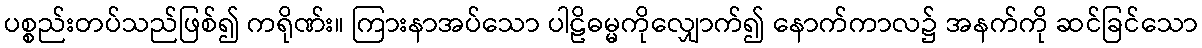
ပစ္စည်းတပ်သည်ဖြစ်၍ ကရိုဏ်း။ ကြားနာအပ်သော ပါဠိဓမ္မကိုလျှောက်၍ နောက်ကာလ၌ အနက်ကို ဆင်ခြင်သော